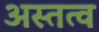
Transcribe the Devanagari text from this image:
अस्तत्व